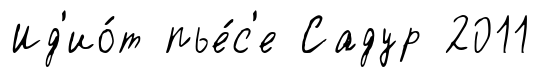
Ид'ио́т пье́с'е Садур 2011